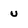
Character: u